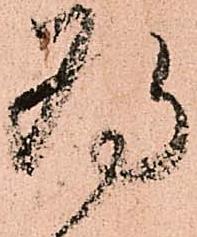
為